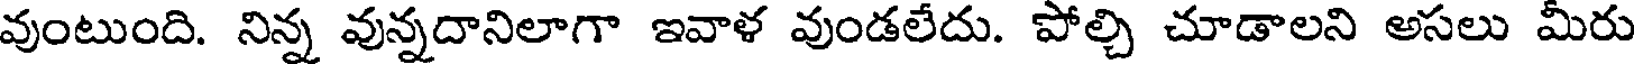
వుంటుంది. నిన్న వున్నదానిలాగా ఇవాళ వుండలేదు. పోల్చి చూడాలని అసలు మీరు